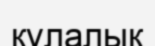
құлалық